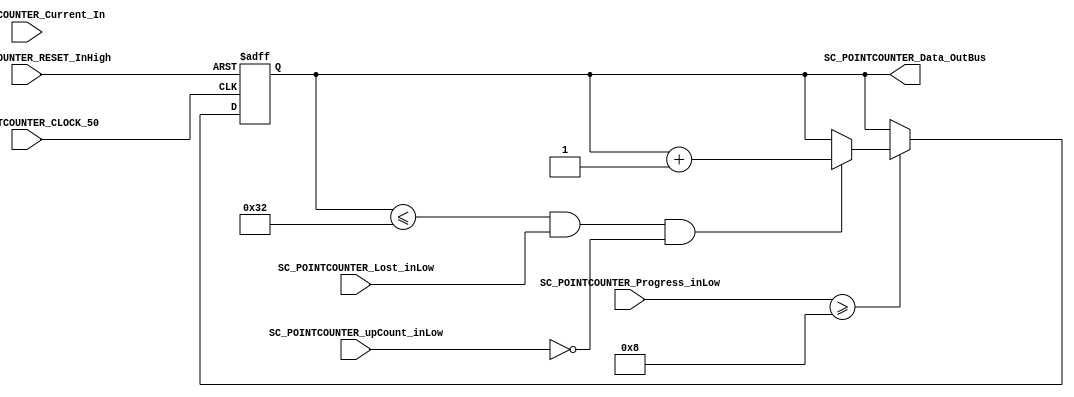
/*######################################################################
//#	G0B1T: HDL EXAMPLES. 2018.
//######################################################################
//# 
//# This program is free software: you can redistribute it and/or modify
//# it under the terms of the GNU General Public License as published by
//# the Free Software Foundation, version 3 of the License.
//#
//# This program is distributed in the hope that it will be useful,
//# but WITHOUT ANY WARRANTY; without even the implied warranty of
//# MERCHANTABILITY or FITNESS FOR A PARTICULAR PURPOSE.  See the
//# GNU General Public License for more details.
//#
//# You should have received a copy of the GNU General Public License
//# along with this program.  If not, see <http://www.gnu.org/licenses/>
//####################################################################*/
//=======================================================
//  MODULE Definition
//=======================================================

module SC_POINTCOUNTER(
//////////// OUTPUTS //////////
	SC_POINTCOUNTER_Data_OutBus,
//////////// INPUTS //////////
	SC_POINTCOUNTER_Progress_inLow,
	SC_POINTCOUNTER_CLOCK_50,
	SC_POINTCOUNTER_RESET_InHigh,
	SC_POINTCOUNTER_Current_In,
	SC_POINTCOUNTER_Lost_inLow,
	SC_POINTCOUNTER_upCount_inLow
);


//=======================================================
//  PARAMETER declarations
//=======================================================

//=======================================================
//  PORT declarations
//=======================================================

output  				[5:0]SC_POINTCOUNTER_Data_OutBus;

input 				[4:0]SC_POINTCOUNTER_Progress_inLow;
input 				SC_POINTCOUNTER_CLOCK_50;
input 				SC_POINTCOUNTER_RESET_InHigh;
input 				[2:0]SC_POINTCOUNTER_Current_In;
input 				SC_POINTCOUNTER_Lost_inLow;		
input 				SC_POINTCOUNTER_upCount_inLow;

//=======================================================
//  REG/WIRE declarations
//=======================================================


reg [5:0] SC_POINTCOUNTER_Register;
reg [5:0] SC_POINTCOUNTER_Signal;


//=======================================================
//  Structural coding
//=======================================================
//INPUT LOGIC: COMBINATIONAL


always @(*)
begin
	
	if(SC_POINTCOUNTER_Progress_inLow >= 8)begin
	
		if (SC_POINTCOUNTER_Register <= 50 && SC_POINTCOUNTER_Lost_inLow == 1'b1 && SC_POINTCOUNTER_upCount_inLow == 1'b0) 
			SC_POINTCOUNTER_Signal =	SC_POINTCOUNTER_Register + 1;	
		else
			SC_POINTCOUNTER_Signal = SC_POINTCOUNTER_Register;
		
	end
	
	else 
		 SC_POINTCOUNTER_Signal = SC_POINTCOUNTER_Register;

end

//STATE REGISTER: SEQUENTIAL
always @(posedge SC_POINTCOUNTER_CLOCK_50, posedge SC_POINTCOUNTER_RESET_InHigh)
begin
	if (SC_POINTCOUNTER_RESET_InHigh  == 1'b1)
		SC_POINTCOUNTER_Register <= 0;
	else
		SC_POINTCOUNTER_Register <= SC_POINTCOUNTER_Signal;
end

//=======================================================
//  Outputs
//=======================================================
//OUTPUT LOGIC: COMBINATIONAL
assign SC_POINTCOUNTER_Data_OutBus = SC_POINTCOUNTER_Register;

endmodule